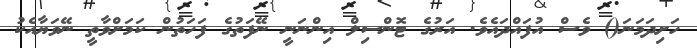
ހަށިދަމަނަ() ވެސް އުފައްދައެވެ. އަރުގެ ޓޮންސިލް އިންނަނީ ނޭފަތުގެ ފަހަތުން ކަމަށްވާތީ ނޭވަޔާއެކު